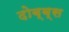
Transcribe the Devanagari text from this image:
दोब्ब्स